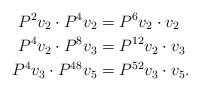
LaTeX: \begin{align*}P^2 v_2 \cdot P^4 v_2 & = P^6 v_2 \cdot v_2 \\P^4 v_2 \cdot P^8 v_3 & = P^{12} v_2 \cdot v_3 \\P^4 v_3 \cdot P^{48} v_5 & = P^{52} v_3 \cdot v_5. \end{align*}